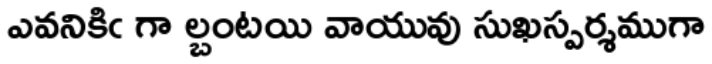
ఎవనికిఁ గా ల్బంటయి వాయువు సుఖస్పర్శముగా